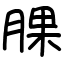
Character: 腂